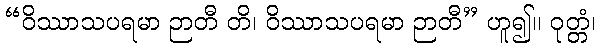
“ဝိဿာသပရမာ ဉာတီ တိ၊ ဝိဿာသပရမာ ဉာတီ” ဟူ၍။ ဝုတ္တံ၊